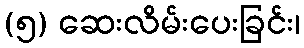
(၅) ဆေးလိမ်းပေးခြင်း၊